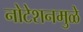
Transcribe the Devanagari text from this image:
नोटेशनमुळे